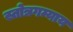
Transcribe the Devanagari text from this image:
स्तोत्रगम्याय